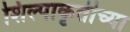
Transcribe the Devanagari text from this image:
शिल्पाकृतीच्या